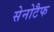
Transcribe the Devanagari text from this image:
सेनोटैफ